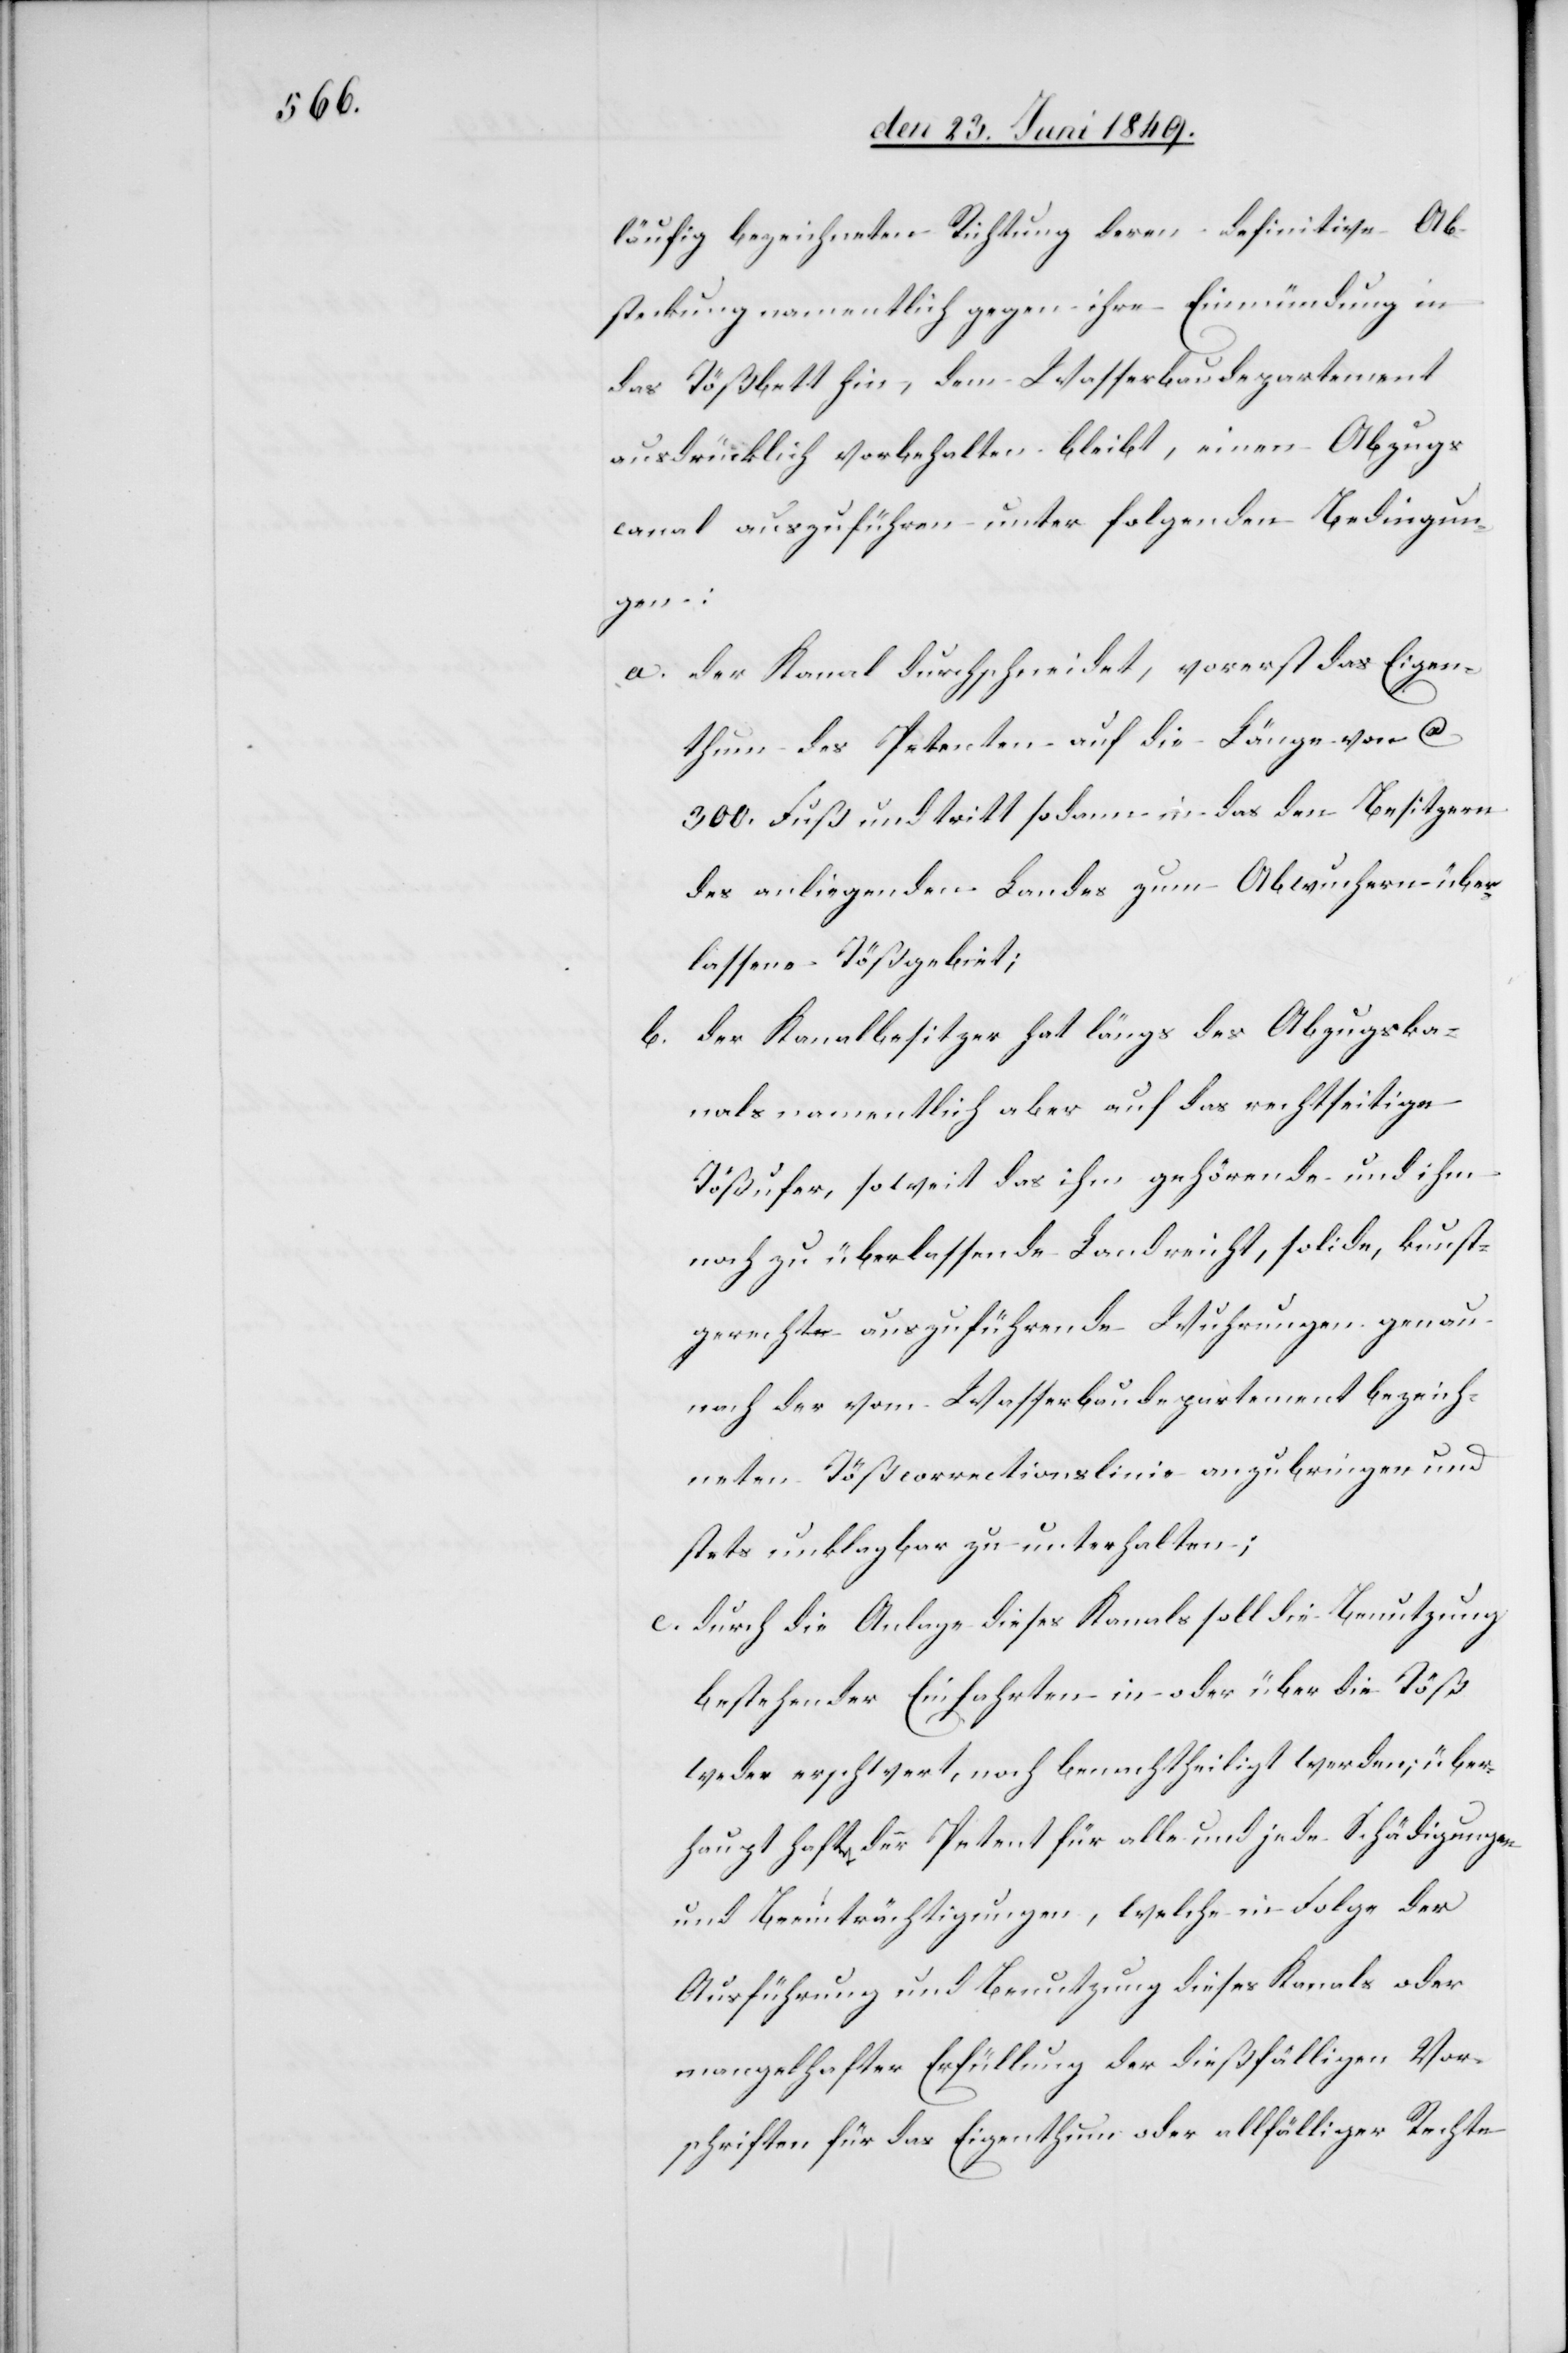
läufig bezeichneten Richtung deren definitive Ab¬
steckung namentlich gegen ihre Einmündung in
das Tößbett hin, dem Wasserbaudepartement
ausdrücklich vorbehalten bleibt, einen Abzugs¬
canal auszuführen unter folgenden Bedingun¬
gen:
a. der Kanal durchschneidet, vorerst das Eigen¬
thum des Petenten auf die Länge von ca
300. Fuß und tritt sodann in das den Besitzern
des anliegenden Landes zum Abwuchern über¬
lassene Tößgebiet;
b. der Kanalbesitzer hat längs des Abzugska¬
nals namentlich aber auf das rechtseitige
Tößufer, soweit das ihm gehörende und ihm
noch zu überlassende Land reicht, solide, kunst¬
gerechte auszuführende Wuhrungen genau
nach der vom Wasserbaudepartement bezeich¬
neten Tößcorrectionslinie anzubringen und
stets unklagbar zu unterhalten;
c. durch die Anlage dieses Kanals soll die Benutzung
bestehender Einfahrten in oder über die Töß
weder erschwert, noch benachtheiligt werden; über¬
haupt hafte der Petent für alle und jede Schädigungen
und Beeinträchtigungen, welche in Folge der
Ausführung und Benutzung dieses Kanals oder
mangelhafter Erfüllung der dießfälligen Vor¬
schriften für das Eigenthum oder allfälliger Rechte